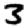
Digit: 3